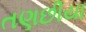
તણછીયા